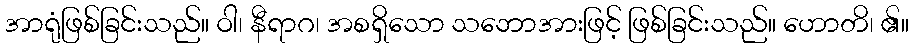
အာရုံဖြစ်ခြင်းသည်။ ဝါ၊ နီရာဂ၊ အစရှိသော သဘောအားဖြင့် ဖြစ်ခြင်းသည်။ ဟောတိ၊ ၏။